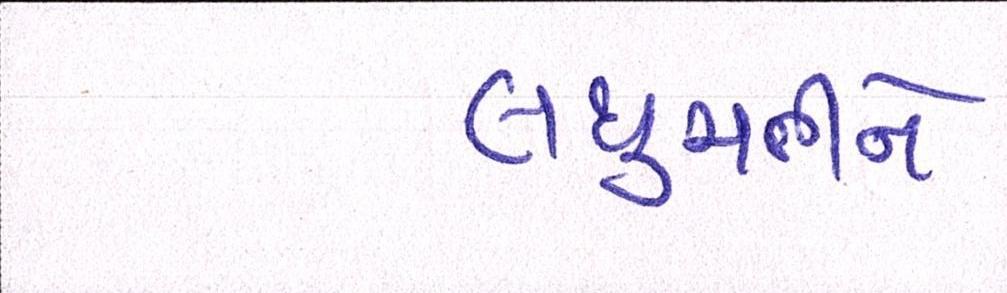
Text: લઘુમતીને